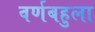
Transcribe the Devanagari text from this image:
वर्णबहुला